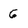
Character: 6